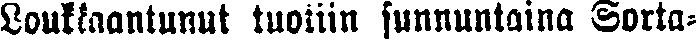
Loukkaantunut tuotiin sunnuntaina Sorta-